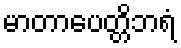
မာတာပေတ္တိဘရံ